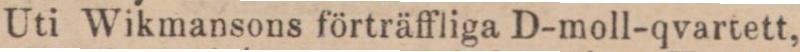
Uti Wikmansons förträffliga D-moll-qvartett,